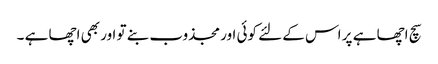
سچ اچھا ہے پر اس کے لئے کوئی اور مجذوب بنے تو اور بھی اچھا ہے ۔